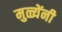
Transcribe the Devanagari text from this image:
मुळ्येंनी